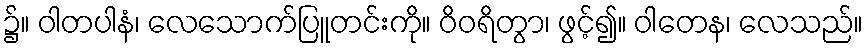
၌။ ဝါတပါနံ၊ လေသောက်ပြူတင်းကို။ ဝိဝရိတွာ၊ ဖွင့်၍။ ဝါတေန၊ လေသည်။